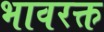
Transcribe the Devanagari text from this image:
भावरक्त